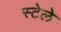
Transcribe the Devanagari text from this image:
स्टेले